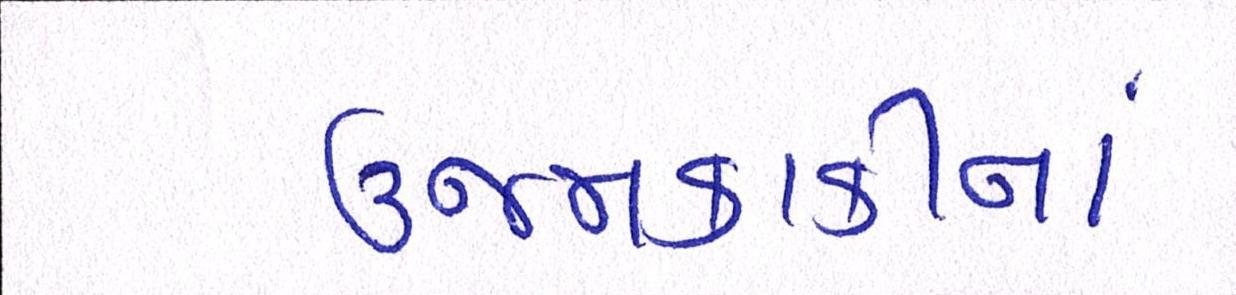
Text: ઉજમકાકીનાં